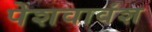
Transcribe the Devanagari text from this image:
पेशवावंश